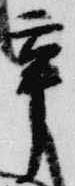
辛